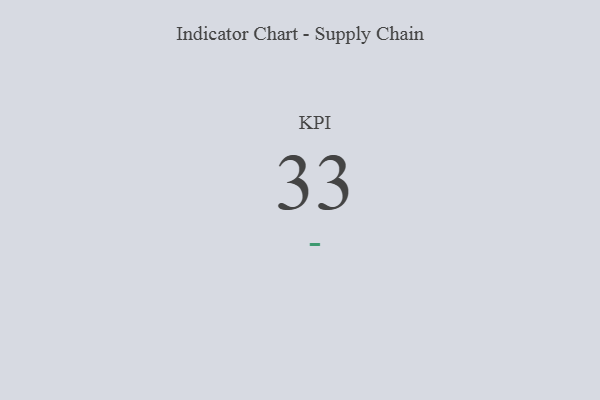
{"axis": {"x": "KPI", "y": "Value"}, "legend": [""], "data": [{"x": "KPI", "y": 33, "type": ""}]}